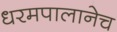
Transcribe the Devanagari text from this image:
धरमपालानेच